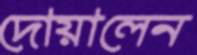
দোয়ালেন